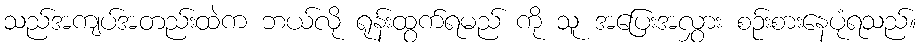
သည်အကျပ်အတည်းထဲက ဘယ်လို ရုန်းထွက်ရမည် ကို သူ အပြေးအလွှား စဉ်းစားနေပုံရသည်။